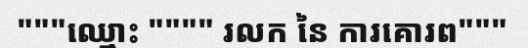
"""ឈ្មោះ """" រលក នៃ ការគោរព"""